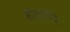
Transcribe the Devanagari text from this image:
शोकादि